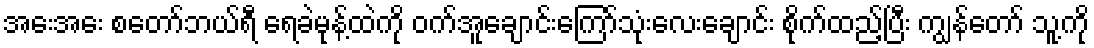
အေးအေး စတော်ဘယ်ရီ ရေခဲမုန့်ထဲကို ဝက်အူချောင်းကြော်သုံးလေးချောင်း စိုက်ထည့်ပြီး ကျွန်တော် သူ့ကို